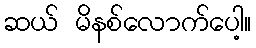
ဆယ် မိနစ်လောက်ပေါ့။